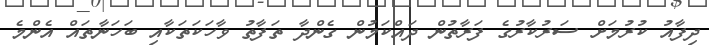
ދިފާއު ކުރުމަށް ސަރުކާރުގެ ފަރާތުން ދައްކަމުން ގެންދާ ތަފާތު ވާހަކަތަކާއި ބަހަނާތައް އެންމެ